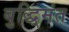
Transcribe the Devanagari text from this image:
बुद्धि्मंत